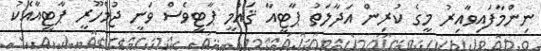
ނިންމާފައިވާއިރު މީގެ ކުރިން އަދާލަތު ޕާޓީއާ ޤައުމީ ޕާޓީވެސް ވަނީ ޖުމްހޫރީ ޕާޓީއާއެކު